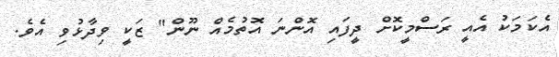
އެކަމަކު އެއީ ރަސްމީކޮށް ދީފައި އޮންނަ އޮތުމެއް ނޫން" ޒަކީ ވިދާޅުވި އެވެ.